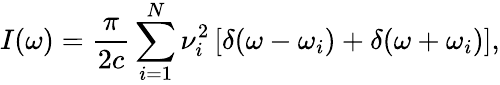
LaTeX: I(\omega)={\frac{\pi}{2c}}\sum_{i=1}^{N}\nu_{i}^{2}\left[\delta(\omega-\omega_{i})+\delta(\omega+\omega_{i})\right],